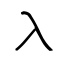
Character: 入